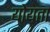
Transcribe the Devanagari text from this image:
योयता